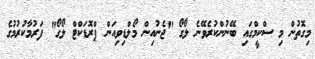
މިގޮތުން މި ސްކީމްގައި ބޭނުންކުރެވޭނެ ލޯގޯ "ޖެނުއިން މޯލްޑިވިއަން ޕްރޮޑަކްޓް ލޯގޯ" ފަރުމާކުރުމުގެ